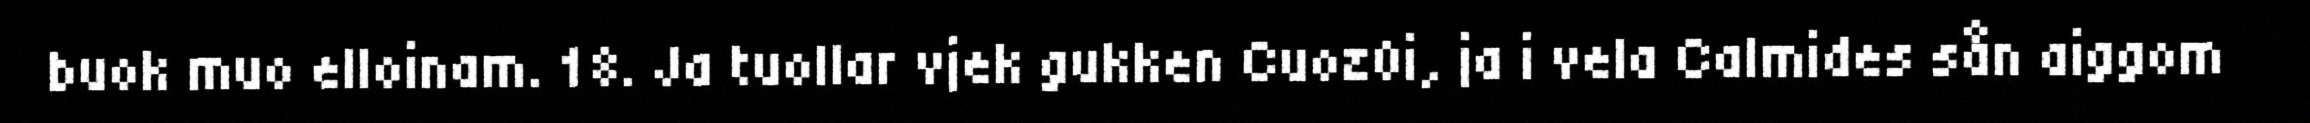
buok muo elloinam. 18. Ja tuollar vjek gukken Cuoz0i, ja i vela Calmides sån aiggom